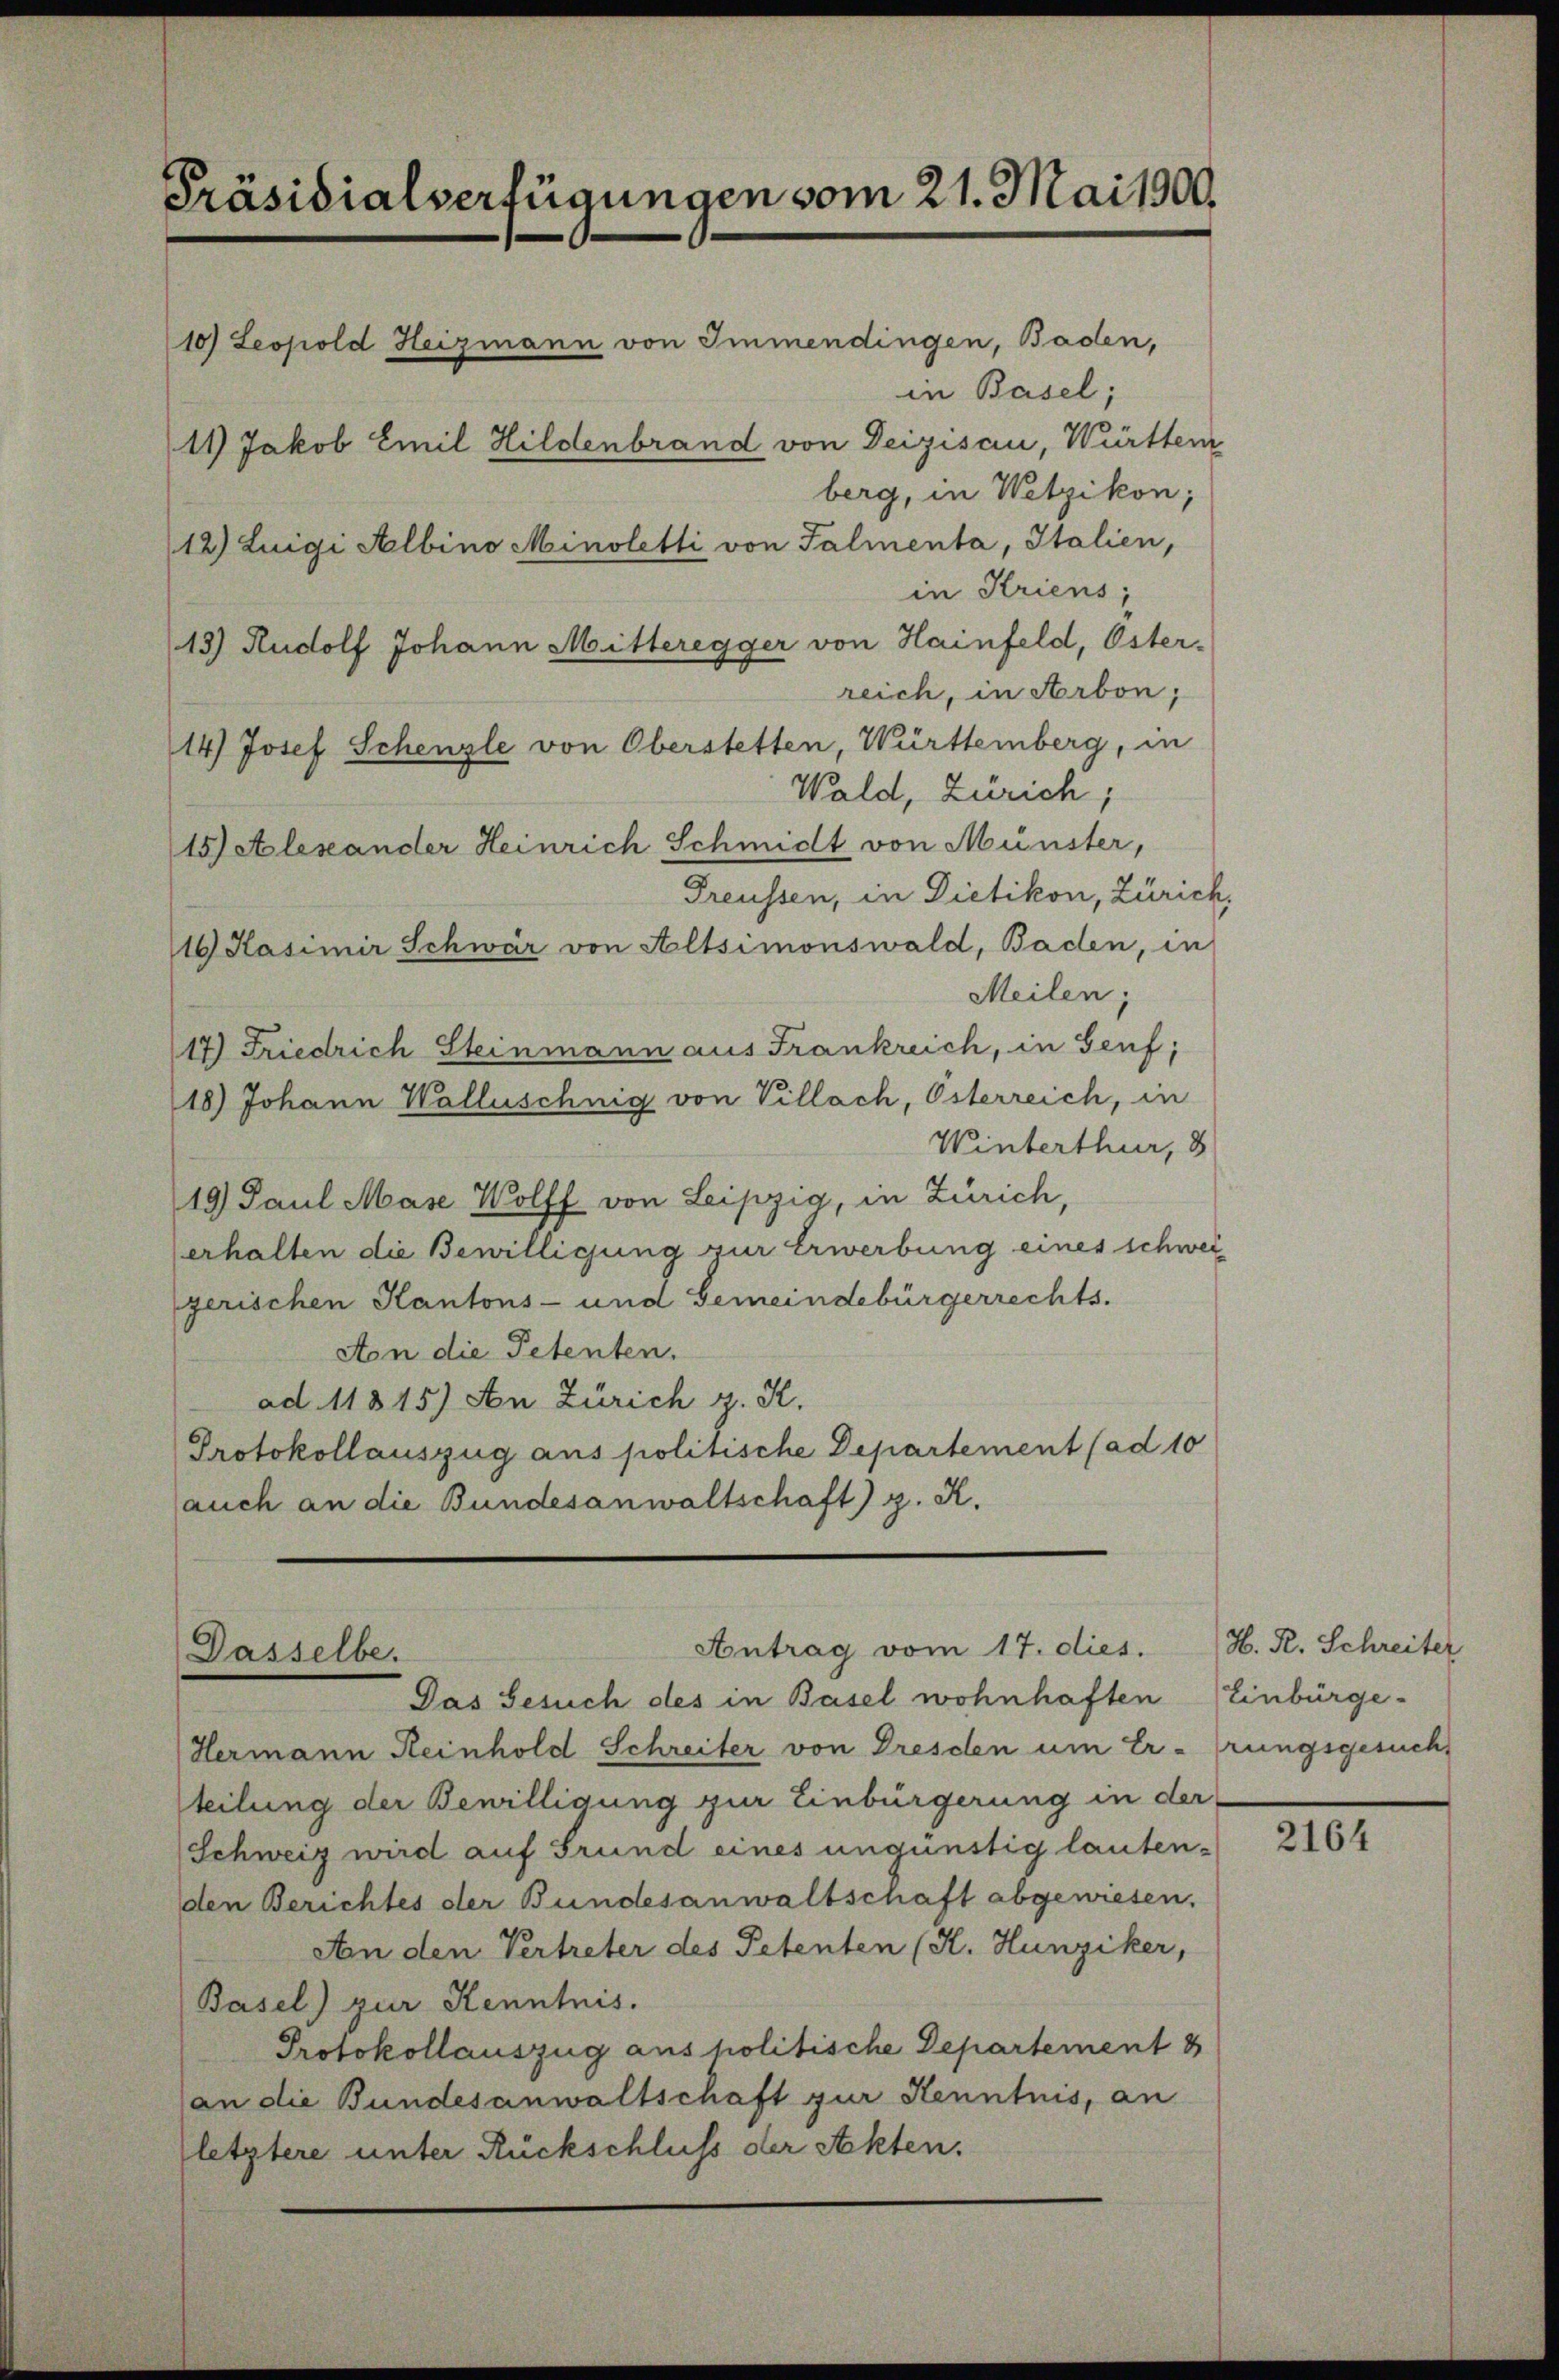
Präsidialverfügungen vom 21. Mai 1900.
10) Leopold Heizmann von Immendingen, Baden,
in Basel;
11) Jakob Emil Hildenbrand von Deizisau, Württem
berg, in Wetzikon;
12) Luigi Albino Minoletti von Palmenta, Italien,

in Kriens;
reich, in Arbon,
Wald, Zürich;
Preussen, in Dietikon, Zürich
16 Kasimir Schwar von Altsimonswald, Baden, in
Meilen;
17) Friedrich Steinmann aus Frankreich, in Genf;
18.) Johann Walluschnig von Villach, Österreich, in
Winterthur, 8
19) Paul Mase Wolff von Leipzig, in Zürich,
erhalten die Bewilligung zur Erwerbung eines schwei
gerischen Kantons- und Gemeindebürgerrechts.
Aton die Petenten.
ad. 11815) An Zürich z. R.
Protokollauszug aus politische Departement (ad 10
auch an die Bundesanwaltschaft) g. K.

13) Rudolf Johann Mitteregger von Hainfeld, Oster-
14) Josef Schenzle von Oberstetten, Württemberg, in
15) Alexander Heinrich Schmidt von Münster,

Antrag vom 17. dies. H. R. Schreiter
Dasselbe.
Das Gesuch des in Basel wohnhaften (Einbürge-

Hermann Heinhold Schreiter von Dresden um Errungsgesuch,
teilung der Bewilligung zur Einbürgerung in der
Schweiz wird auf Grund eines ungünstig lauten-
den Berichtes der Bundesanwaltschaft abgewiesen.
An den Vertreter des Petenten (H. Hunziker,
Basel) zur Kenntnis.
Protokollauszug aus politische Departement
an die Bundesanwaltschaft zur Kenntnis, an
(letztere unter Rückschluss der Akten.

2164